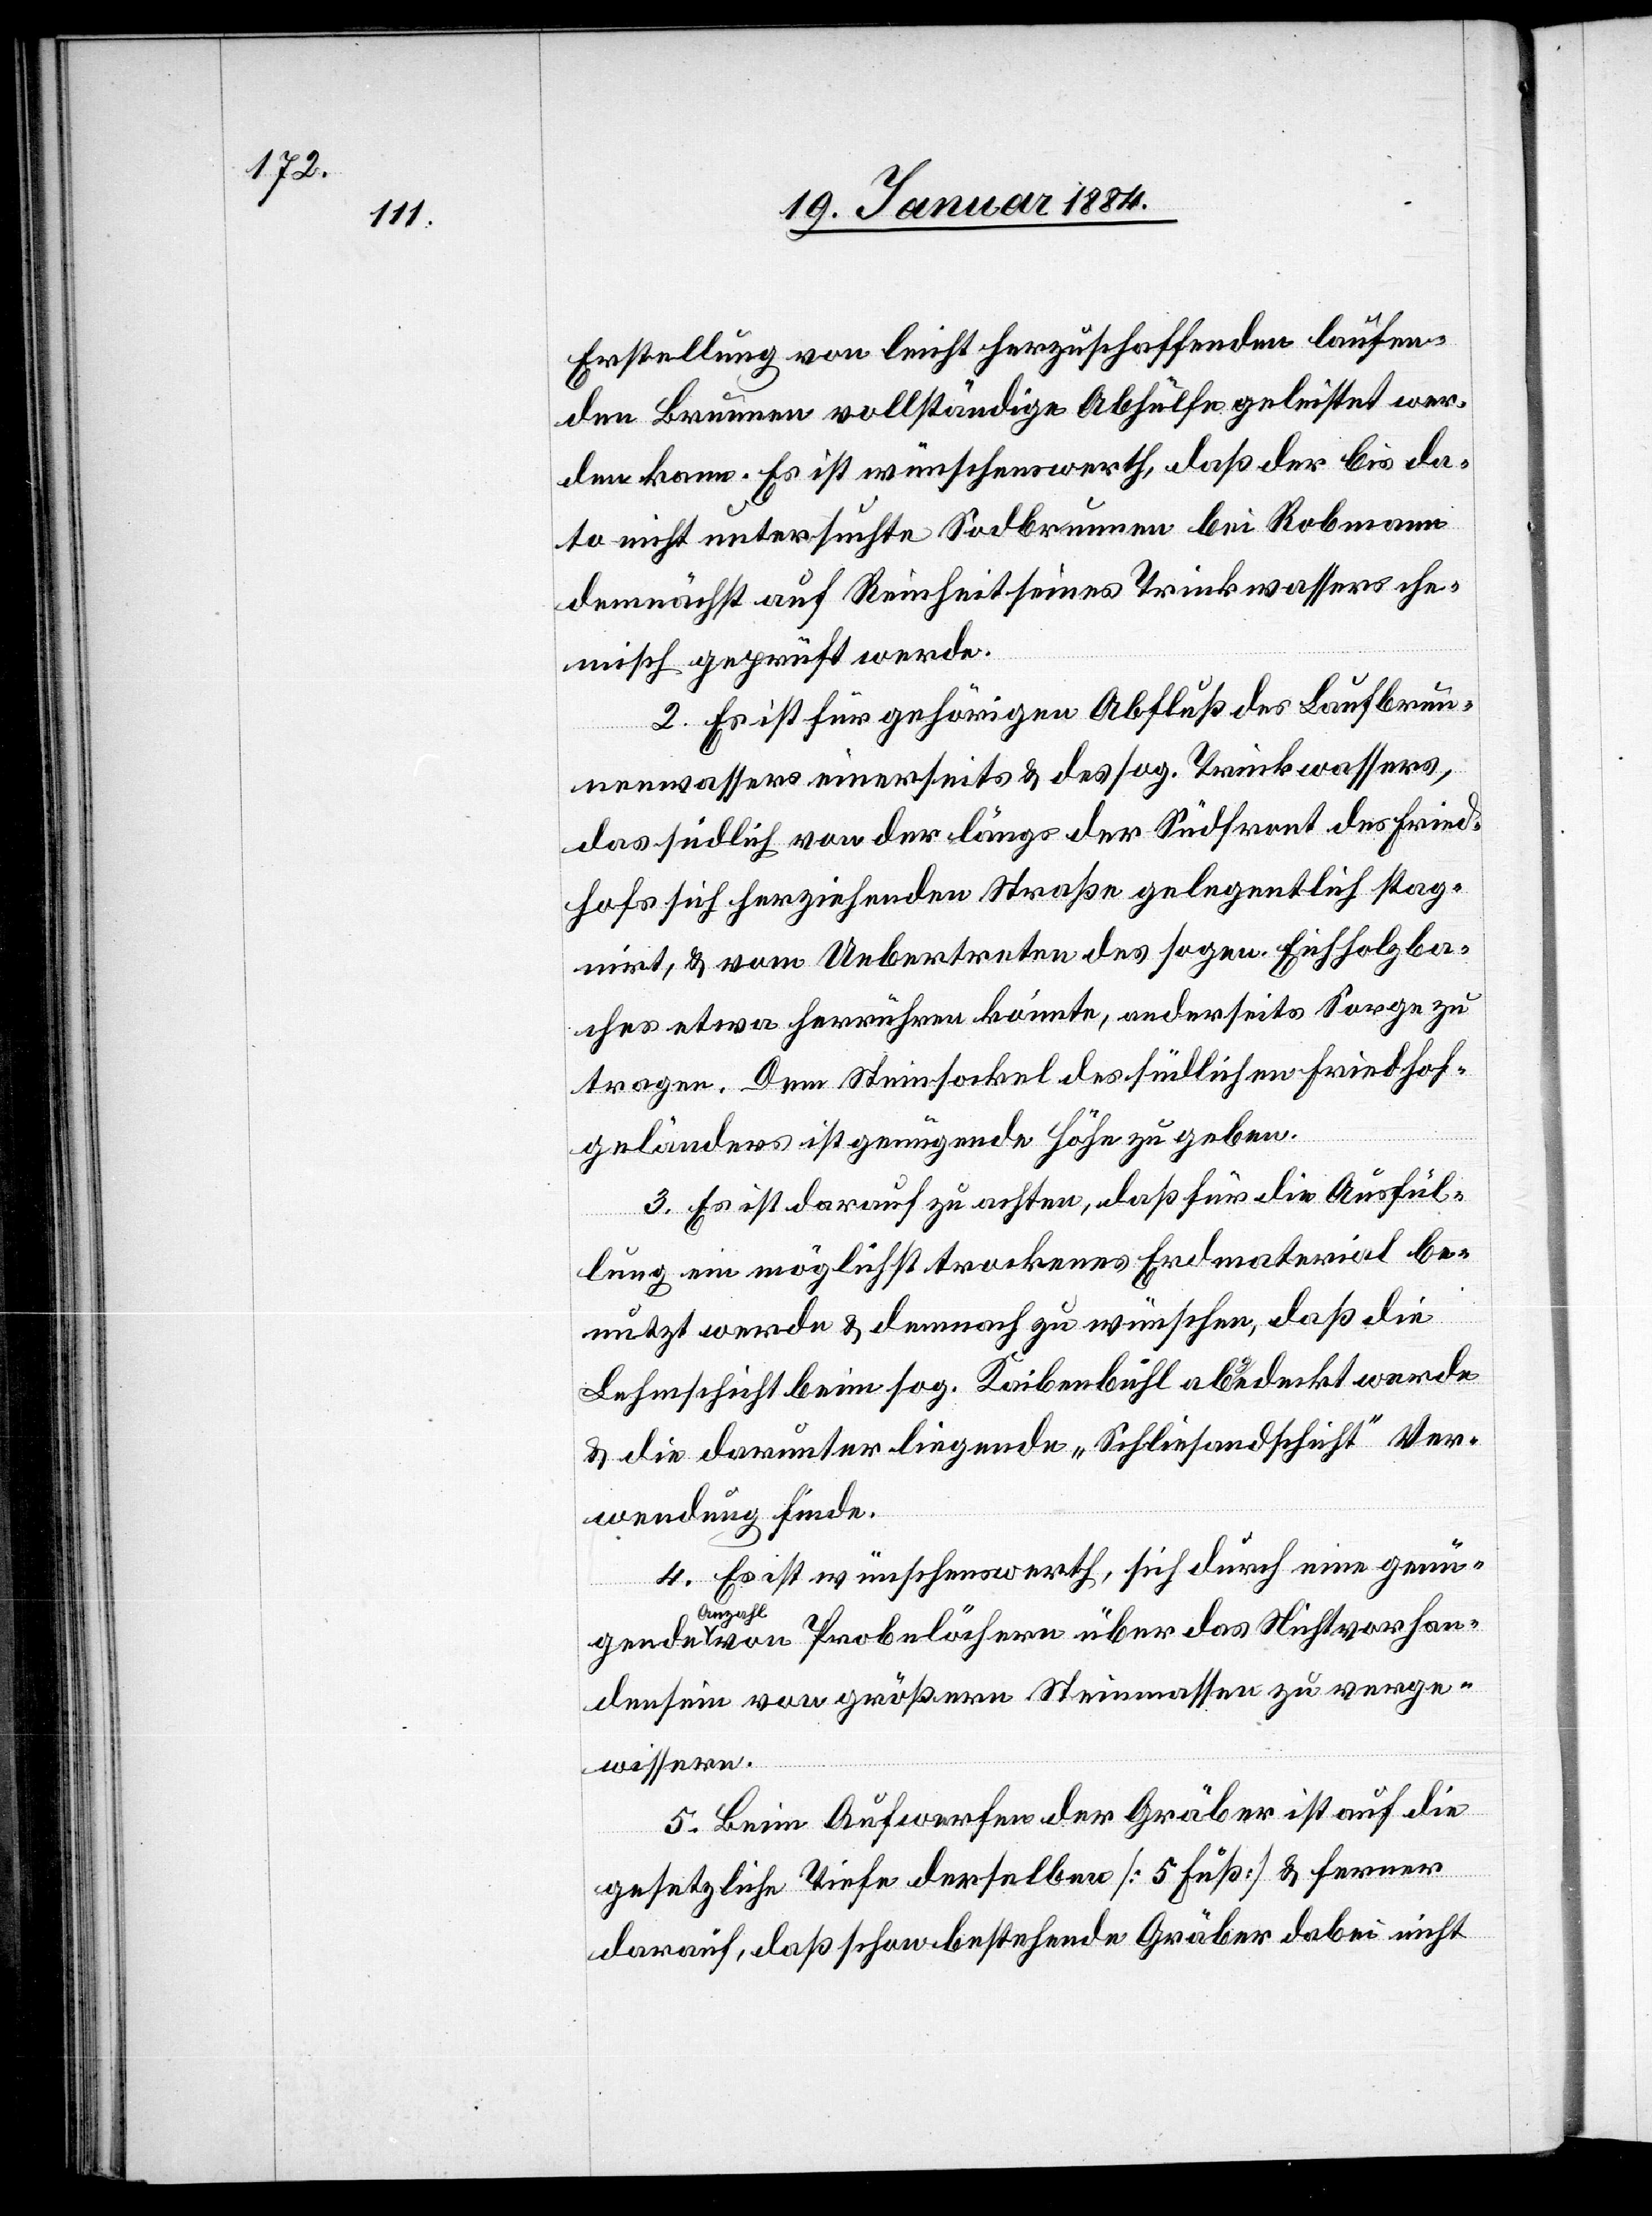
Erstellung von leicht herzuschaffenden laufen¬
den Brunnen vollständige Abhülfe geleistet wer¬
den kann. Es ist wünschenswerth, daß der bis da¬
to nicht untersuchte Sodbrunnen bei Robmann
demnächst auf Reinheit seines Trinkwassers che¬
misch geprüft werde.
2. Es ist für gehörigen Abschluß des Laufbrun¬
nenwassers einerseits & des sog. Trinkwassers,
das südlich von der längs der Südfront des Fried¬
hofes sich herziehenden Straße gelegentlich stag¬
nirt, & vom Uebertreten des sogen. Eichholzba¬
ches etwa herrühren könnte, anderseits Sorge zu
tragen. Dem Steinsockel des südlichen Friedhof¬
geländes ist genügende Höhe zu geben.
3. Es ist darauf zu achten, daß für die Ausfül¬
gende
lung ein möglichst trockenes Erdmaterial be¬
nutzt werde & demnach zu wünschen, daß die
Lehmschicht beim sog. Kaibenbühl abgedeckt werde
& die darunter liegende „Schliesandschicht“ Ver¬
wendung finde.
4. Es ist wünschenswerth, sich durch eine genü¬
Anzahl
von Probelöchern über das Nichtvorhan¬
densein von größeren Steinmassen zu verge¬
wissern.
5. Beim Aufwerfen der Gräber ist auf die
gesetzliche Tiefe derselben [5 Fuß] & ferner
darauf, daß schon bestehende Gräber dabei nicht